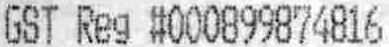
GST REG #000899874816